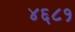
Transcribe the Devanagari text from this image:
४६८१